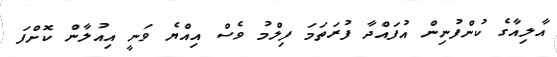
އާލިއާގެ ކުންފުނިން އުފައްދާ ފުރަތަމަ ފިލްމު ވެސް އިއްޔެ ވަނީ އިއުލާން ކޮށްފަ